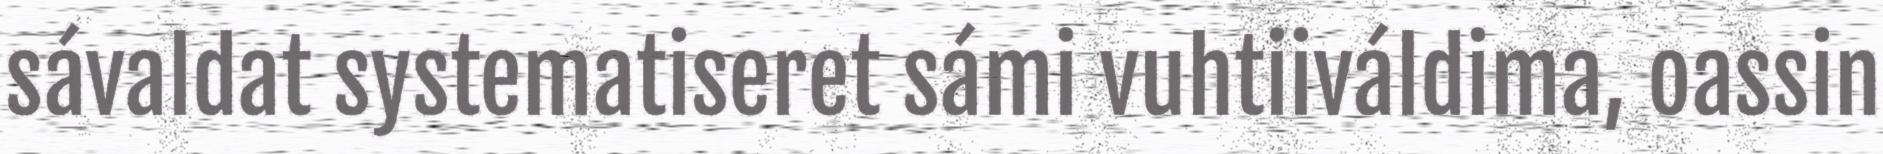
sávaldat systematiseret sámi vuhtiiváldima, oassin